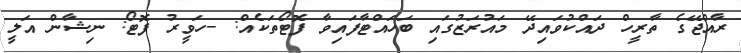
ރާއްޖޭގެ ތާރީހް ދައްކުވައިދޭ މައުރަޒުގައި ބަހައްޓާފައިވާ ފޮޓޯތަކެއް: -ހަވީރު ފޮޓޯ: ނިޝާން އަލީ